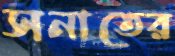
সনাতের